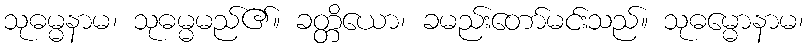
သုဓမ္မနာမ၊ သုဓမ္မမည်၏။ ခတ္တိယော၊ ခမည်းတော်မင်းသည်။ သုဓမ္မောနာမ၊